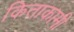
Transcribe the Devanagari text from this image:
किताकामी